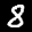
Label: 8